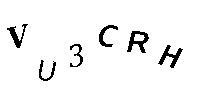
VU3CRH